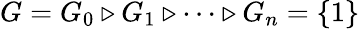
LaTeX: G=G_{0}\triangleright G_{1}\triangleright\dots\triangleright G_{n}=\{ 1\}